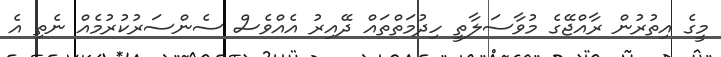
މީގެ އިތުރުން ރާއްޖޭގެ މުވާސަލާތީ ހިދުމަތްތައް ދޭއިރު އެއްވެސް ސެންސަރުކުރުމެއް ނެތި އެ